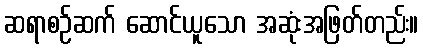
ဆရာစဉ်ဆက် ဆောင်ယူသော အဆုံးအဖြတ်တည်း။